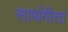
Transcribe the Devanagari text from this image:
सार्थगीता